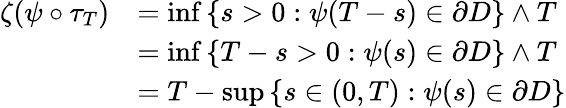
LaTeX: \begin{array}{rl}{\zeta(\psi\circ\tau_{T})}&{=\operatorname*{inf}\left\{ s>0:\psi(T-s)\in\partial D\right\} \wedge T}\\ &{=\operatorname*{inf}\left\{ T-s>0:\psi(s)\in\partial D\right\} \wedge T}\\ &{=T-\operatorname*{sup}\left\{ s\in(0,T):\psi(s)\in\partial D\right\} }\end{array}